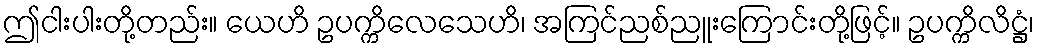
ဤငါးပါးတို့တည်း။ ယေဟိ ဥပက္ကိလေသေဟိ၊ အကြင်ညစ်ညူးကြောင်းတို့ဖြင့်။ ဥပက္ကိလိဋ္ဌံ၊